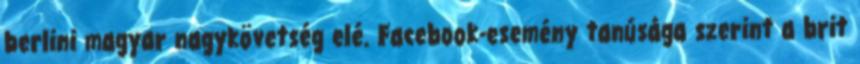
berlini magyar nagykövetség elé. Facebook-esemény tanúsága szerint a brit